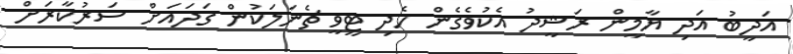
އަދީބު އަދި ޔާމީން ރަޝީދު އެކުވެގެން ހެދި ޓީވީ ޗެނަލަކުން ގަދައަށް ސަރުކާރަށް